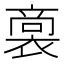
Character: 𮖟